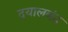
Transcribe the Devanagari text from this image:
दयालबंद